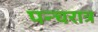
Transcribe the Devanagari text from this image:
पन्चरात्र